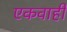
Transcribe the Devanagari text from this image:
एकवाही